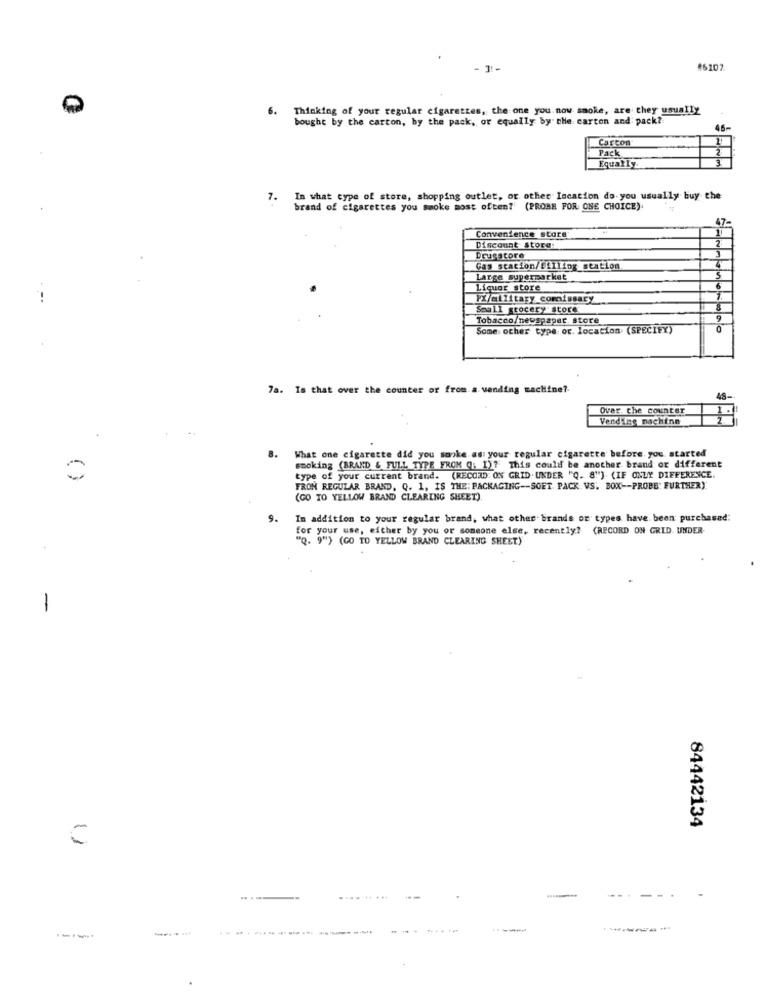
- 31-
#6107
6. Thinking of your regular cigarettes, the one you now smoke, are they usually
bought by the carton, by the pack, or equally by the carton and pack?
46-
Carcon
Pack
3
Equally.
7. In what type of store, shopping outlet, or other Incation do you usually buy the
brand of cigarettes you smoke most often? (PROBE FOR ONE CHOICE).
Convenience store
Discount store
Drugstore
Gas station/filling station
Large supermarket
Liquor store
PXmilitary comissary
Small grocery store'
Tobacco/newspaper store
Some other type or. location (SPECIFY)
7a. Is that over the counter or from a vending machine ?.
Over the counter
Vending machine
8.
What one cigarette did you sonke adi your regular cigarette before you started
smoking (BRAKD & FULL TYPE FROM (: 1)? This could be another brand or different
type of your current brand. (RECORD: ON GRID. UNDER "Q. 8"") (IF ONLY DIFFERENCE.
FRON REGULAR BRAND, Q. 1, IS THE: PACKAGING -- SOET. PACK VS. BOX -- PROBE" FURTHERY
(GO TO YELLOW BRAND CLEARING SHEET)
9.
In addition to your regular brand, what other brands or types have been purchased:
for your use, either by you or someone else, recently? (RECORD ON GRID. UNDER-
"Q. 9") (GO TO YELLOW BRAND CLEARING SHEET)
-
84442134
11
...
.... .....